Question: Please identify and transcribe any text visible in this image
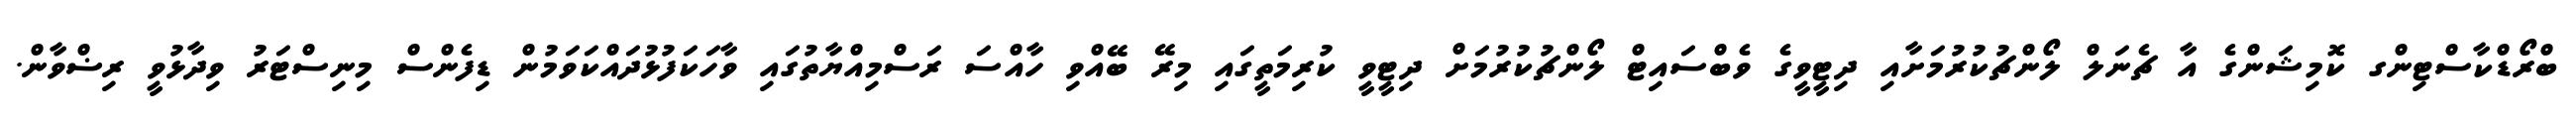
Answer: ބްރޯޑްކާސްޓިންގ ކޮމިޝަންގެ އާ ޗެނަލް ލޯންޗުކުރުމަށާއި ދިޓީވީގެ ވެބްސައިޓް ލޯންޗުކުރުމަށް ދިޓީވީ ކުރިމަތީގައި މިރޭ ބޭއްވި ހާއްސަ ރަސްމިއްޔާތުގައި ވާހަކަފުޅުދައްކަވަމުން ޑިފެންސް މިނިސްޓަރު ވިދާޅުވީ ރިޟްވާން.